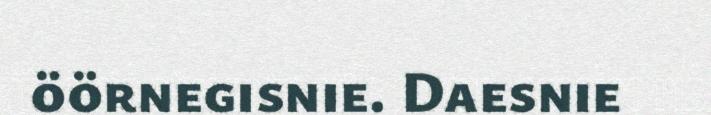
öörnegisnie. Daesnie